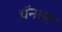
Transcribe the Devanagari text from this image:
चॅनल्स